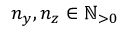
n _ { y } , n _ { z } \in \mathbb { N } _ { > 0 }